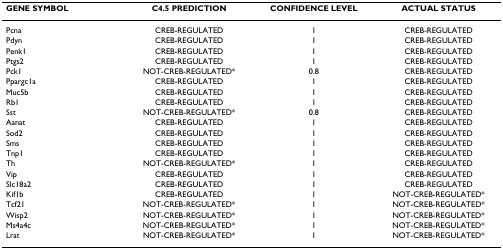
| GENE SYMBOL | C4.5 PREDICTION | CONFIDENCE LEVEL | ACTUAL STATUS |
 | --- | --- | --- | --- |
 | Pcna | CREB-REGULATED | 1 | CREB-REGULATED |
 | Pdyn | CREB-REGULATED | 1 | CREB-REGULATED |
 | Penk1 | CREB-REGULATED | 1 | CREB-REGULATED |
 | Ptgs2 | CREB-REGULATED | 1 | CREB-REGULATED |
 | Pck1 | NOT-CREB-REGULATED* | 0.8 | CREB-REGULATED |
 | Ppargc1a | CREB-REGULATED | 1 | CREB-REGULATED |
 | Muc5b | CREB-REGULATED | 1 | CREB-REGULATED |
 | Rb1 | CREB-REGULATED | 1 | CREB-REGULATED |
 | Sst | NOT-CREB-REGULATED* | 0.8 | CREB-REGULATED |
 | Aanat | CREB-REGULATED | 1 | CREB-REGULATED |
 | Sod2 | CREB-REGULATED | 1 | CREB-REGULATED |
 | Sms | CREB-REGULATED | 1 | CREB-REGULATED |
 | Tnp1 | CREB-REGULATED | 1 | CREB-REGULATED |
 | Th | NOT-CREB-REGULATED* | 1 | CREB-REGULATED |
 | Vip | CREB-REGULATED | 1 | CREB-REGULATED |
 | Slc18a2 | CREB-REGULATED | 1 | CREB-REGULATED |
 | Kif1b | CREB-REGULATED | 1 | NOT-CREB-REGULATED* |
 | Tcf21 | NOT-CREB-REGULATED* | 1 | NOT-CREB-REGULATED* |
 | Wisp2 | NOT-CREB-REGULATED* | 1 | NOT-CREB-REGULATED* |
 | Ms4a4c | NOT-CREB-REGULATED* | 1 | NOT-CREB-REGULATED* |
 | Lrat | NOT-CREB-REGULATED* | 1 | NOT-CREB-REGULATED* |